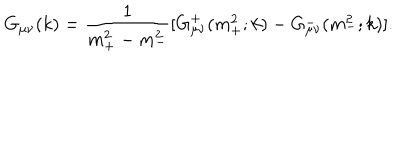
LaTeX: G _ { \mu \nu } ( k ) = { \frac { 1 } { m _ { + } ^ { 2 } - m _ { - } ^ { 2 } } } [ G _ { \mu \nu } ^ { + } ( m _ { + } ^ { 2 } ; k ) - G _ { \mu \nu } ^ { - } ( m _ { - } ^ { 2 } ; k ) ] .